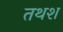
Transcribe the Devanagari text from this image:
तथश